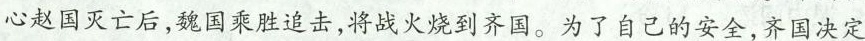
心赵国灭亡后，魏国乘胜追击，将战火烧到齐国。为了自己的安全，齐国决定